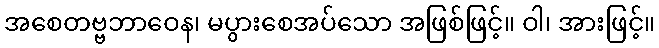
အစေတဗ္ဗဘာဝေန၊ မပွားစေအပ်သော အဖြစ်ဖြင့်။ ဝါ၊ အားဖြင့်။